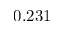
0 . 2 3 1